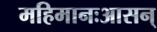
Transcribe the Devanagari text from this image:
महिमानःआसन्